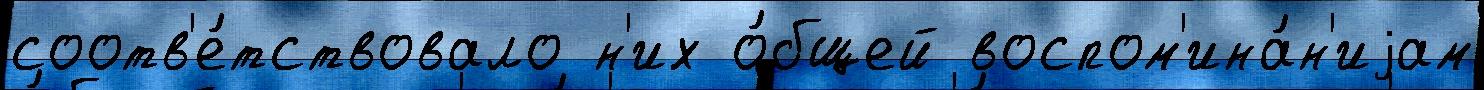
соотв'е́тствовало н'их о́бщей воспом'ина́н'иjам